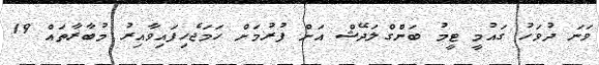
ވަނަ ދުވަހު ގައުމީ ޓީމު ބަންގްލަދޭޝް އަށް ފުރުމަށް ހަމަޖެހިފައިވާއިރު މުބާރާތައް 19